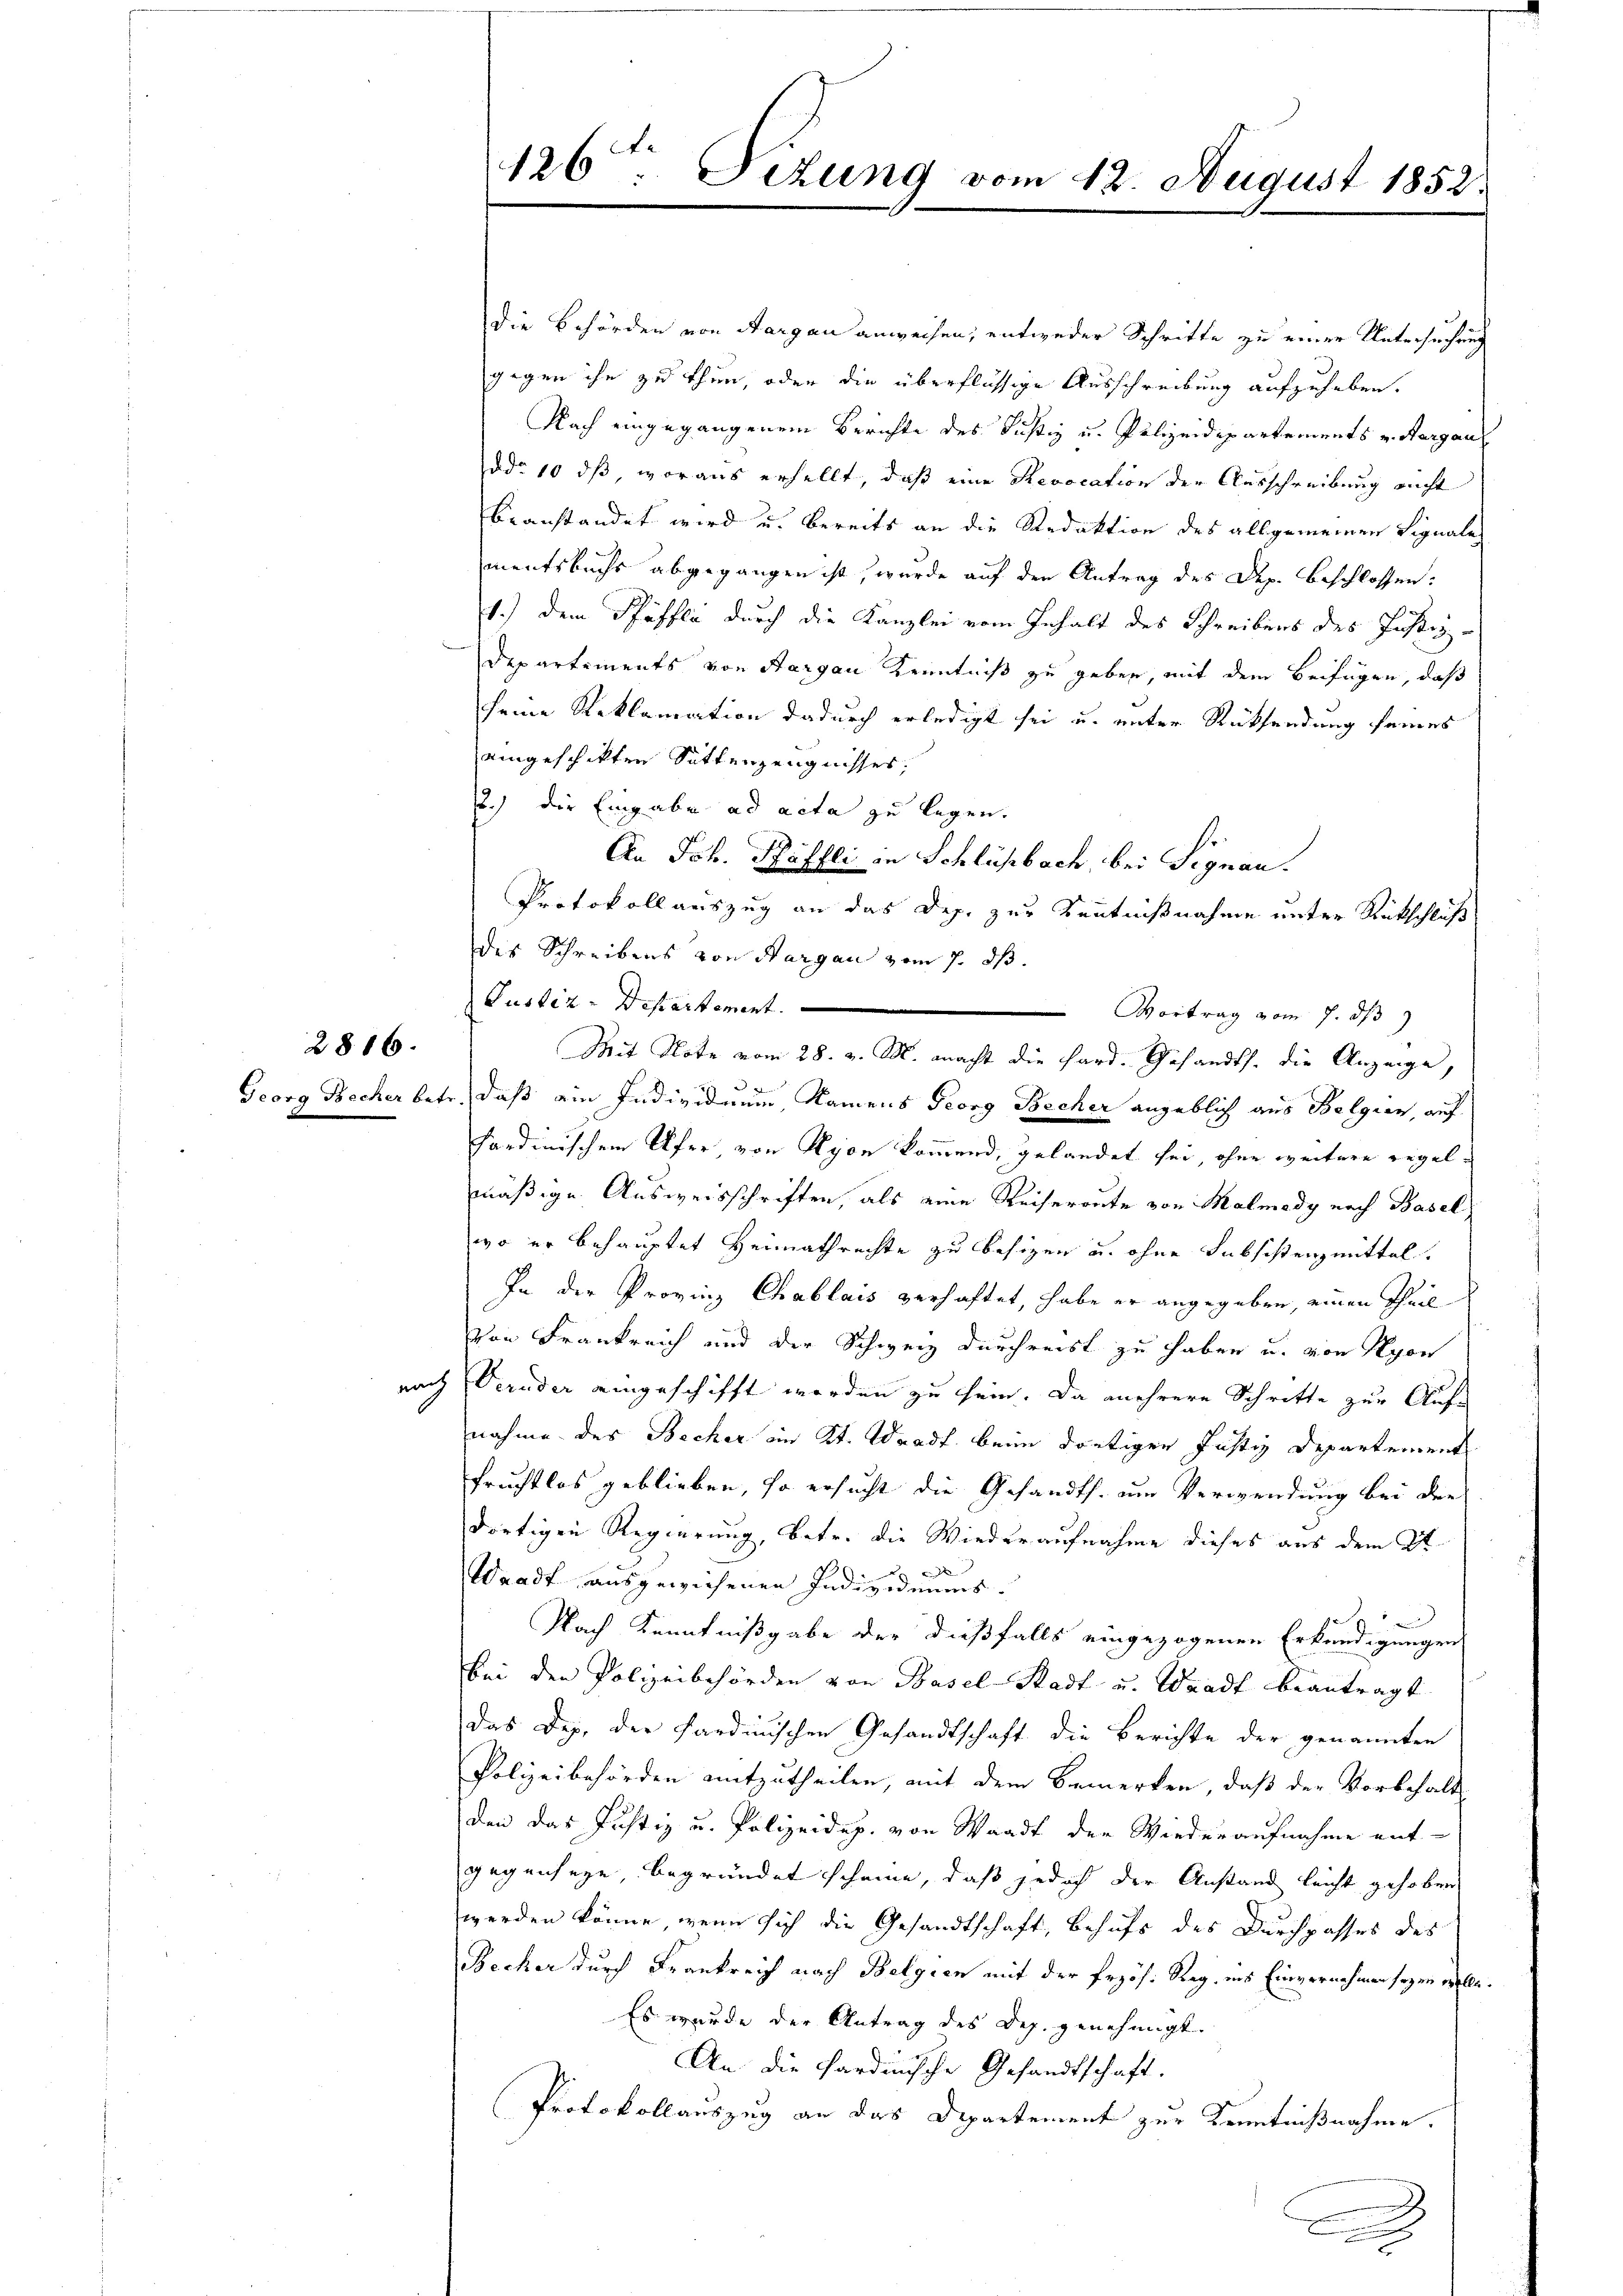
2886.

die Behörden von Aargau anweisen; entweder Schritte zu einer Untersuchung
gegen ihn zu thun, oder die überflüssige Ausschreibung aufzuheben.
Nach eingegangenem Berichte des Justiz u. Polizeidipartements v. Aargau
ddo 10 dß, woraus erhellt, daß eine Revocation der Ausschreibung nicht
beanstandet wird u. bereits an die Redaktion des allgemeinen Signale
mentsbuchs abgegangen ist, wurde auf den Antrag des Dep. beschlossen:
1.) Dem Pfäffle durch die Kanzlei vom Inhalt des Schreibens des Justiz-
Departements von Aargau Kenntniß zu geben, mit dem Beifügen, daß
seine Reklamation dadurch erledigt sei u. unter Rücksendung seines
aingeschikten Sittenzeugnisses,
2.) Die Eingabe ad acta zu legen.
sr.
An Joh. Pfäffli in Schlüßbach, bei Signau.
Protokoll auszug an das Dep. zur Kenntnißnahme unter Rückschluß
des Schreibens von Aargau vom 7. ds.
Justiz-Departement.
Vortrag vom 7. ds
Mit Note vom 28. v. M. macht die Hard. Gesandts. die Anzeige,
Georg Becher betr. daß ein Individuum, Namens Georg Becher angeblich aus Belgien, auf
sardinischen Ufer, von Nyon kommend, gelandet sei, ohne weitere regelmäßige Ausweisschriften, als eine Reisereute von Malmady nach Basel
wo er behauptet Heimathrechte zu besizen u. ohne Subsistenzmittel.
In der Provinz Chablais verhaftet, habe er angegeben, einen Theil
Von Frankreich und der Schweiz durchreist zu haben u. von Nyon
nach Veruder eingeschifft worden zu sein. Da mehrere Schritte zur Auf-
nahme des Becher an Kt. Waadt beim dortigen Justiz Departement
fruchtlos geblieben, so ersucht die Gesandts. um Verwendung bei der
dortigen Regierung, betr. die Wiederaufnahme dieses aus dem A
d
.
Waadt ausgewiesenen Individuums.
Nach Kenntnißgabe der dießfalls eingezogenen Erkundigungen
bei den Polizeibehörden von Basel-Stadt u. Waadt beantragt
das Dep. der Sardinischen Gesandtschaft die Berichte der genannten
Polizeibehörden mitzutheilen, mit dem Bemerken, daß der Vorbehalt
den das Justiz u. Polizeidep. von Waadt der Wiederaufnahme ent-
gegenseyn, begründet scheine, daß jedoch der Anstand leicht gehoben
werden könne, wenn sich die Gesandtschaft, Behufs des Durchpasses des
Becher durch Frankreich nach Belgien mit der Erzös. Rag, ins Einvernehmen seyen wolle.
Es wurde der Antrag des Dez. genehmigt.
An die Pardische Gesandtschaft.
Protokollauszug an das Departement zur Kenntnißnahme.
A
e

126ten Sizung vom 12. August 1852.